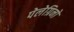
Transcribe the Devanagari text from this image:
पेलेग्रिनो